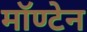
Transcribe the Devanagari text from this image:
मॉण्टेन